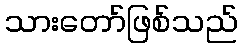
သားတော်ဖြစ်သည်